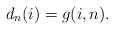
LaTeX: \begin{align*} d_n(i)=g(i,n).\end{align*}